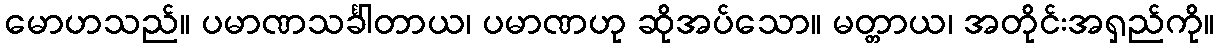
မောဟသည်။ ပမာဏသင်္ခါတာယ၊ ပမာဏဟု ဆိုအပ်သော။ မတ္တာယ၊ အတိုင်းအရှည်ကို။